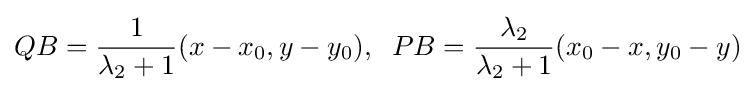
QB={\frac {1}{\lambda _{2}+1}}(x-x_{0},y-y_{0}),\;\;PB={\frac {\lambda _{2}}{\lambda _{2}+1}}(x_{0}-x,y_{0}-y)